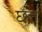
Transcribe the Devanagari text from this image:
छत्त